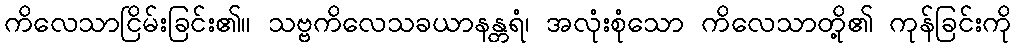
ကိလေသာငြိမ်းခြင်း၏။ သဗ္ဗကိလေသခယာနန္တရံ၊ အလုံးစုံသော ကိလေသာတို့၏ ကုန်ခြင်းကို